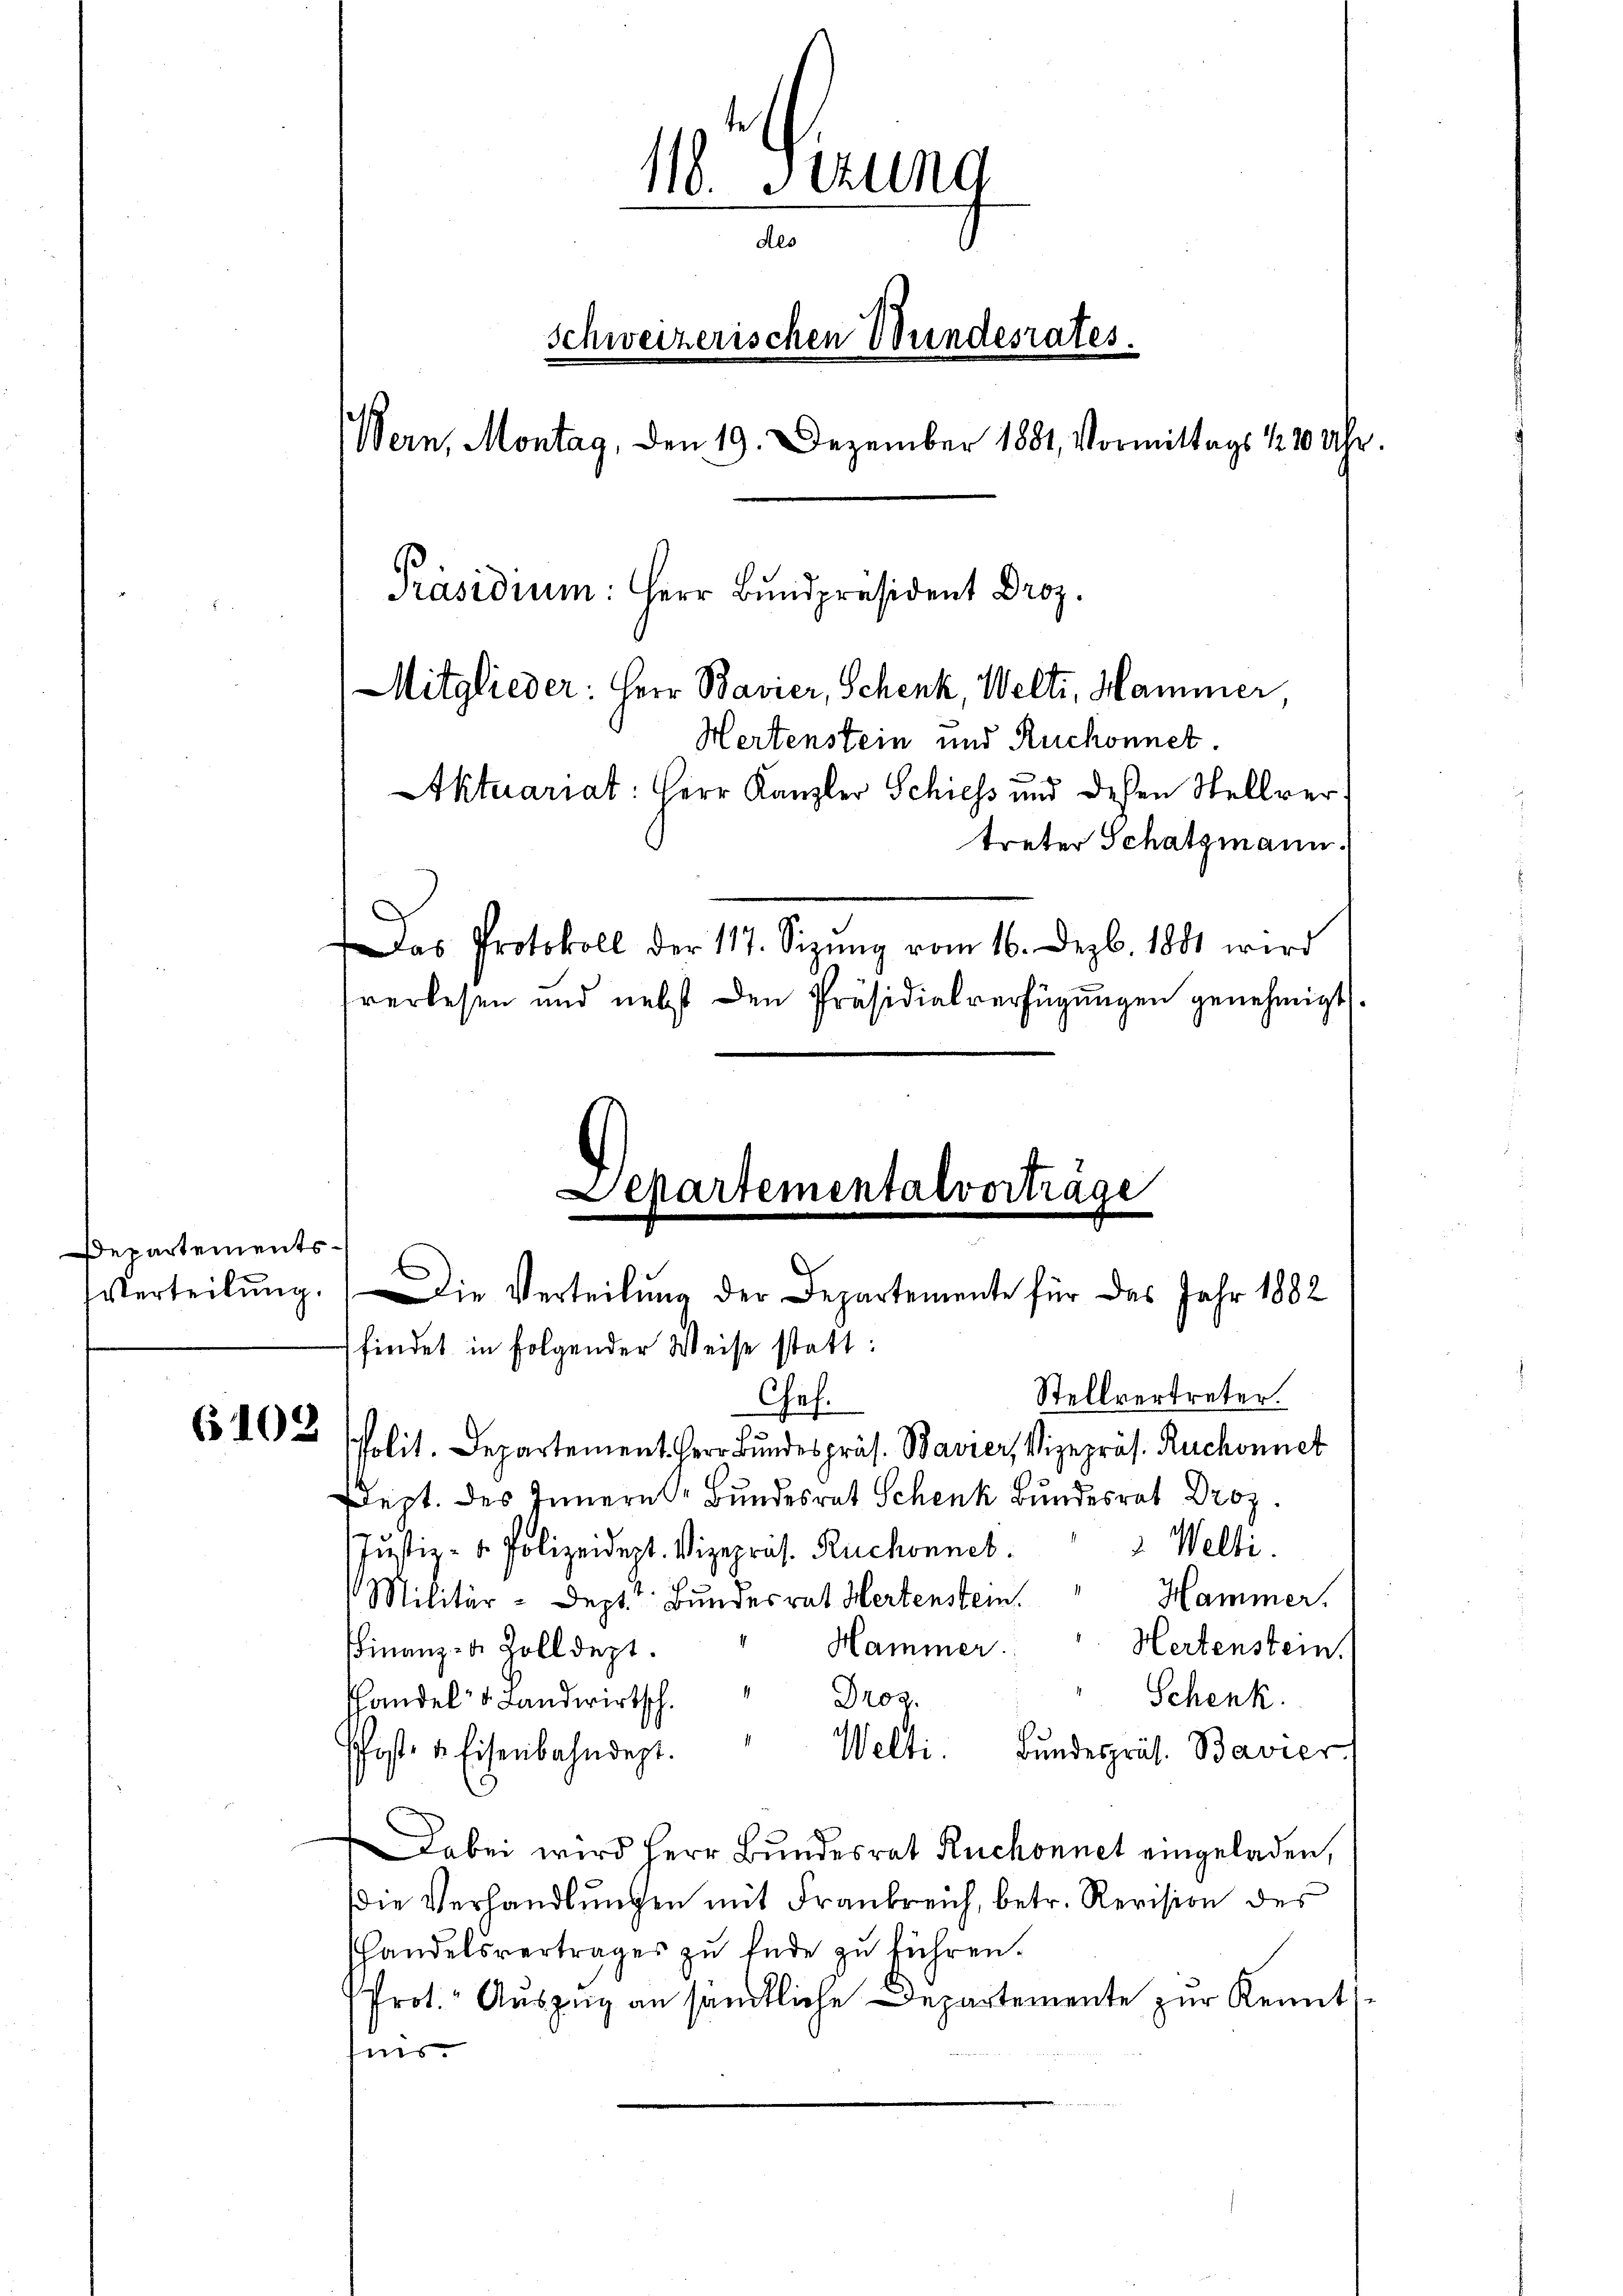
Departements.

6102

118. Sitzung
Aes
Schweizerischen Wundesrates.
Wern, Montag, den 19. Dezember 1881, Vormittags 120 Uhr.
Präsidium: Herr Bundpräsident Droz.
Mitglieder: Herr Bavier, Schenk, Welti, Hammer,
Hertenstein und Ruchonnet
Aktuariat: Herr Kanzler Schiess und deßen Stellver
treter Schatzmann.
Das Protokoll der 117. Sizŭng vom 16. Dezbr. 1881 wird
verlesen und nebst den Präsidialverfügungen genehmigt.

Departementalvertrage

findet in folgender Weise statt:
Stellvertreter.
Chef.
Polit. Departement Herr Bundespräs. Bavier, Vizepräs. Ruchonnet
dept. des Innern Bundesrat Schenk Bundesrat Droz.
2. Welti.
Justiz- & Polizeidept. Vizepräs. Ruchonnet.
Militär-Deptt Bundesrat Hertenstein. Hammer.
Hertenstein.
Hammer.
FFinanz- u. Zolldept.
Droz.
Schenk.
shandels Landwirtsch.
Welti. Bundespräs. Bavier
Pfost, u. Eisenbahndept.
Dabei wird Herr Bundesrat Ruchonnet eingeladen,
die Verhandlŭngen mit Frankreich, betr. Revision des
shandelsvertrages zu Ende zu führen.
Prot. Auszug an sämtliche Departemente zur Kenntnis.

Verteilŭng. Die Verteilŭng der Departemente für das Jahr 1882